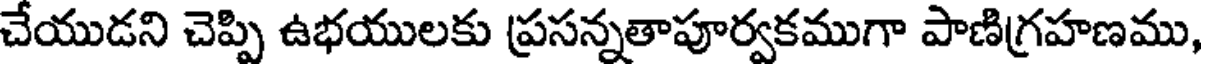
చేయుడని చెప్పి ఉభయులకు ప్రసన్నతాపూర్వకముగా పాణిగ్రహణము,